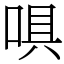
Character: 㖵